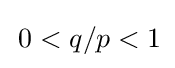
\,0<q/p<1